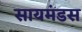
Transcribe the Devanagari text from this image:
सायमंडस